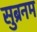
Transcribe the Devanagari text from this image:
सुब्रनम